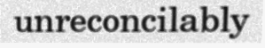
unreconcilably